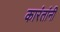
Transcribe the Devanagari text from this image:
कारंतांनी